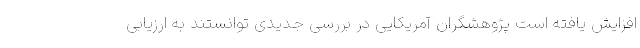
افزایش یافته است پژوهشگران آمریکایی در بررسی جدیدی توانستند به ارزیابی